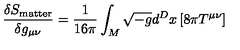
\frac { \delta S _ { \mathrm { m a t t e r } } } { \delta g _ { \mu \nu } } = \frac { 1 } { 1 6 \pi } \int _ { M } \sqrt { - g } d ^ { D } x \left[ 8 \pi T ^ { \mu \nu } \right]